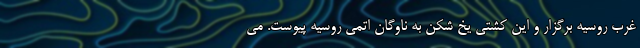
غرب روسیه برگزار و این کشتی یخ شکن به ناوگان اتمی روسیه پیوست. می